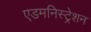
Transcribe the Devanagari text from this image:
एडमनिस्ट्रेशन